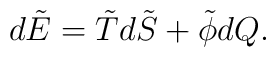
d\tilde E =\tilde Td\tilde S +\tilde \phi dQ.